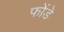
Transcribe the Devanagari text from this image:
फोंडे